Annual administration and progress report of the Indian Medical Department, Bombay
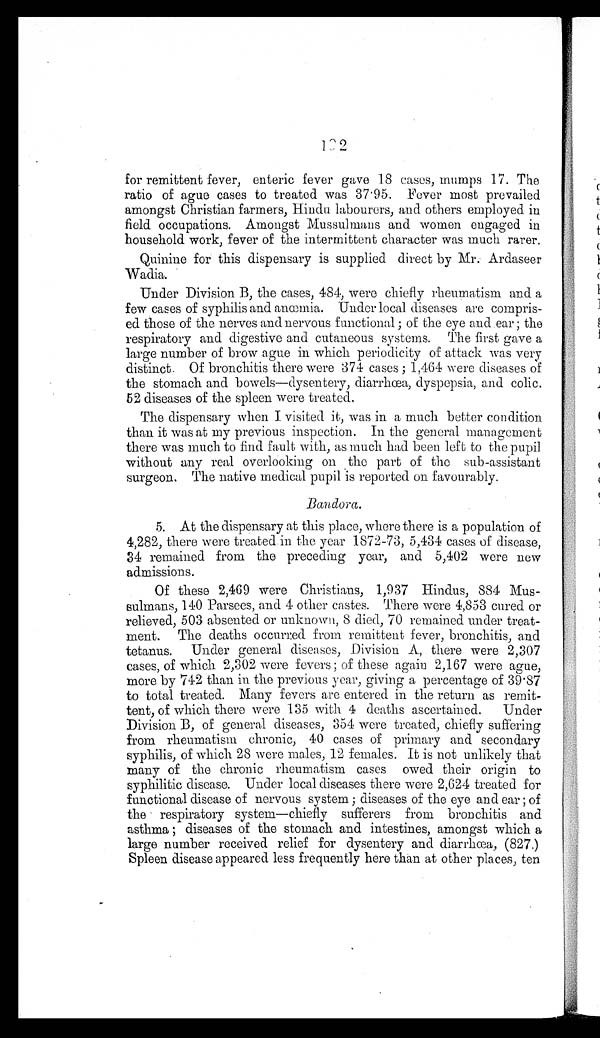
192
for remittent fever, enteric fever gave 18 cases, mumps 17. The
ratio of ague cases to treated was 37.95. Fever most prevailed
amongst Christian farmers, Hindu labourers, and others employed in
field occupations. Amongst Mussulmans and women engaged in
household work, fever of the intermittent character was much rarer.
Quinine for this dispensary is supplied direct by Mr. Ardaseer
Wadia.
Under Division B, the cases, 484, were chiefly rheumatism and a
few cases of syphilis and anœmia. Under local diseases are compris
-
ed those of the nerves and nervous functional; of the eye and ear; the
respiratory and digestive and cutaneous systems. The first gave a
large number of brow ague in which periodicity of attack was very
distinct. Of bronchitis there were 374 cases; 1,464 were diseases of
the stomach and bowels—dysentery, diarrhœa, dyspepsia, and colic.
52 diseases of the spleen were treated.
The dispensary when I visited it, was in a much better condition
than it was at my previous inspection. In the general management
there was much to find fault with, as much had been left to the pupil
without any real overlooking on the part of the sub-assistant
surgeon. The native medical pupil is reported on favourably.
Bandora.
5. At the dispensary at this place, where there is a population of
4,282, there were treated in the year 1872-73, 5,434 cases of disease,
34 remained from the preceding year, and 5,402 were new
admissions.
Of these 2,469 were Christians, 1,937 Hindus, 884 Mus
-
sulmans, 140 Parsees, and 4 other castes. There were 4,853 cured or
relieved, 503 absented or unknown, 8 died, 70 remained under treat
-
ment. The deaths occurred from remittent fever, bronchitis, and
tetanus. Under general diseases, Division A, there were 2,307
cases, of which 2,302 were fevers; of these again 2,167 were ague,
more by 742 than in the previous year, giving a percentage of 39.87
to total treated. Many fevers are entered in the return as remit
-
tent, of which there were 135 with 4 deaths ascertained. Under
Division B, of general diseases, 354 were treated, chiefly suffering
from rheumatism chronic, 40 cases of primary and secondary
syphilis, of which 28 were males, 12 females. It is not unlikely that
many of the chronic rheumatism cases owed their origin to
syphilitic disease. Under local diseases there were 2,624 treated for
functional disease of nervous system; diseases of the eye and ear; of
the respiratory system—chiefly sufferers from bronchitis and
asthma; diseases of the stomach and intestines, amongst which a
large number received relief for dysentery and diarrhœa, (827.)
Spleen disease appeared less frequently here than at other places, ten